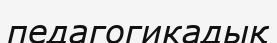
педагогикадық